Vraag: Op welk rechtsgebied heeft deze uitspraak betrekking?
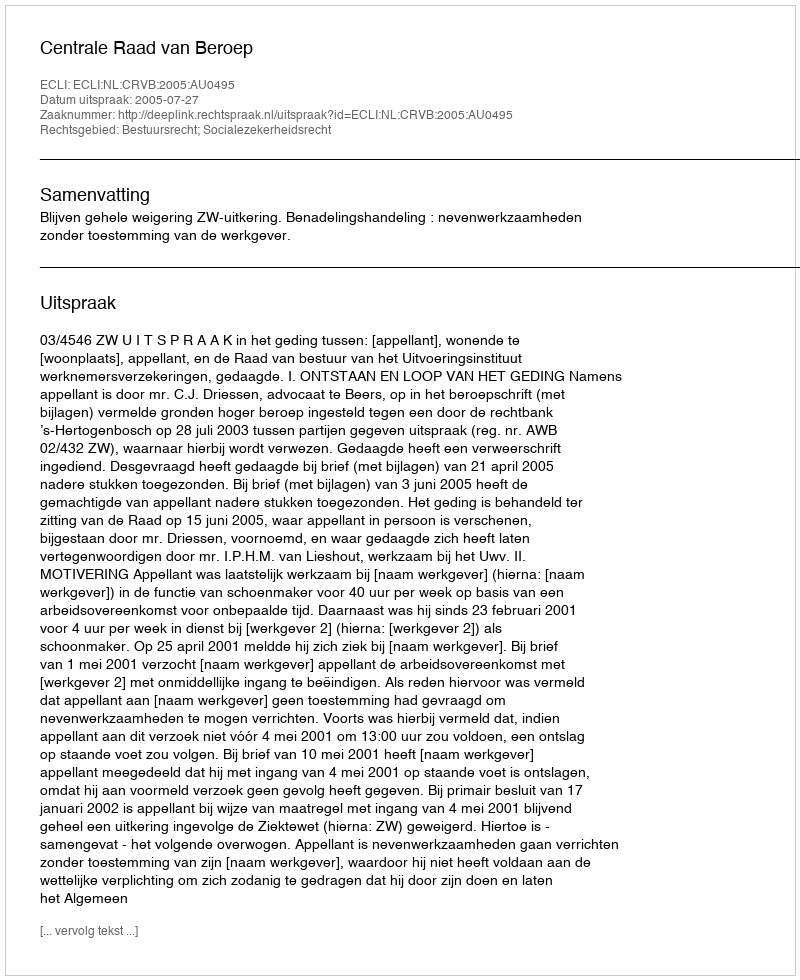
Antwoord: Bestuursrecht; Socialezekerheidsrecht